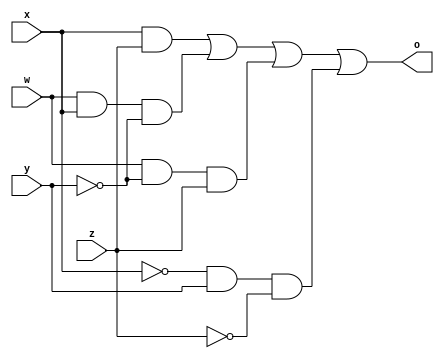
module f9(input w, x, y, z, output o);

    wire a, b, c, d;
    and a1(a, x, z);
    and a2(b, w, x, ~y);
    and a3(c, w, ~y, z);
    and a4(d, ~x, y, ~z);
    or o1(o, a, b, c, d);

endmodule